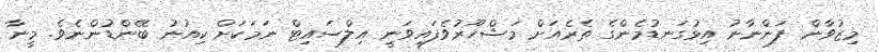
މިޒުވާން ފަންނާނު އިޅުގަނޑުމެންގެ ތެރެއަށް މަޝްހޫރުވެފައިވަނީ އިލްސައިޓް ނަމަކަށް ކިއުނު ބޭންޑުންނެވެ. މީނާ